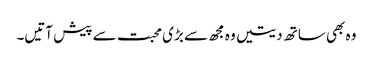
وہ بھی ساتھ دیتیں وہ مجھ سے بڑی محبت سے پیش آتیں۔